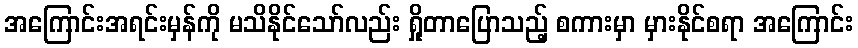
အကြောင်းအရင်းမှန်ကို မသိနိုင်သော်လည်း ရှိုတာပြောသည့် စကားမှာ မှားနိုင်စရာ အကြောင်း